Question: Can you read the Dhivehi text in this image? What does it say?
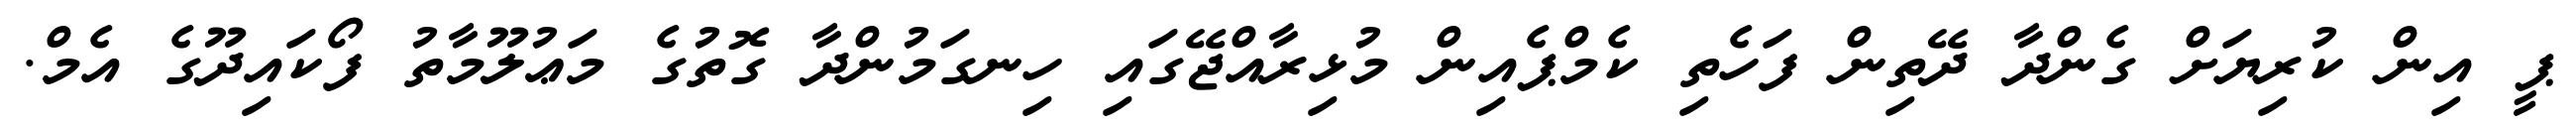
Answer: ޕީ އިން ކުރިޔަށް ގެންދާ ދޭތިން ފަހެތި ކެމްޕެއިން މުޅިރާއްޖޭގައި ހިނގަމުންދާ ގޮތުގެ މަޢުލޫމާތު ފޯކައިދޫގެ އެމް.